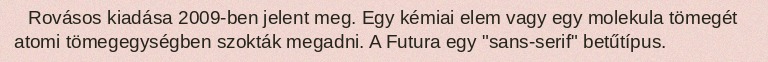
Rovásos kiadása 2009-ben jelent meg. Egy kémiai elem vagy egy molekula tömegét atomi tömegegységben szokták megadni. A Futura egy "sans-serif" betűtípus.